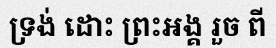
ទ្រង់ ដោះ ព្រះអង្គ រួច ពី